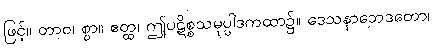
ဖြင့်။ တာဝ၊ စွာ။ ဧတ္ထ၊ ဤပဋိစ္စသမုပ္ပါဒကထာ၌။ ဒေသနာဘေဒတော၊